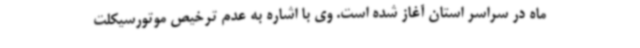
ماه در سراسر استان آغاز شده است. وی با اشاره به عدم ترخیص موتورسیکلت